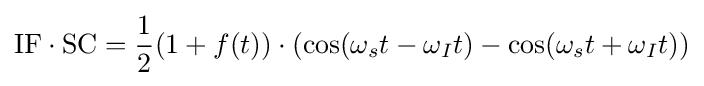
{\mbox{IF}}\cdot {\mbox{SC}}={\frac {1}{2}}(1+f(t))\cdot (\cos(\omega _{s}t-\omega _{I}t)-\cos(\omega _{s}t+\omega _{I}t))